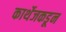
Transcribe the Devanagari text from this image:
कार्थेजकडून